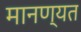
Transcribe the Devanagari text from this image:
मानण्यत